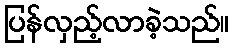
ပြန်လှည့်လာခဲ့သည်။